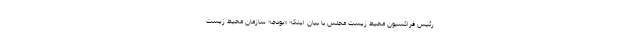
رئیس فراکسیون محیط زیست مجلس با بیان اینکه «بودجه سازمان محیط زیست